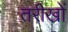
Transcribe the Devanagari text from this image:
तरीखों